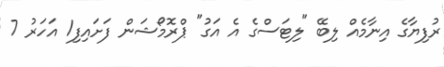
ރުފިޔާގެ އިނާމެއް ލިބޭ "ލިޓަސްގެ އެ އަގު" ޕްރޮމޯޝަން ފަށައިފި1 އަހަރު 7